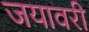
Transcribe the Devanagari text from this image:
जयावरी